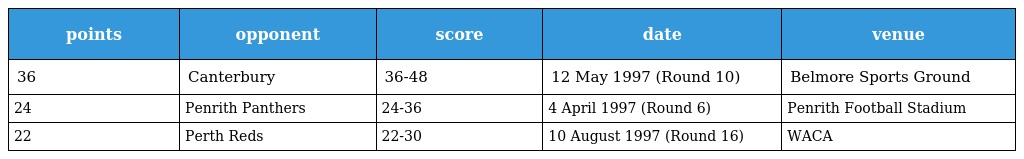
| points | opponent | score | date | venue |
 | --- | --- | --- | --- | --- |
 | 36 | Canterbury | 36-48 | 12 May 1997 (Round 10) | Belmore Sports Ground |
 | 24 | Penrith Panthers | 24-36 | 4 April 1997 (Round 6) | Penrith Football Stadium |
 | 22 | Perth Reds | 22-30 | 10 August 1997 (Round 16) | WACA |